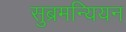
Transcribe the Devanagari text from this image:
सुब्रमन्यियन